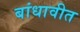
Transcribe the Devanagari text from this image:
बांधावीत